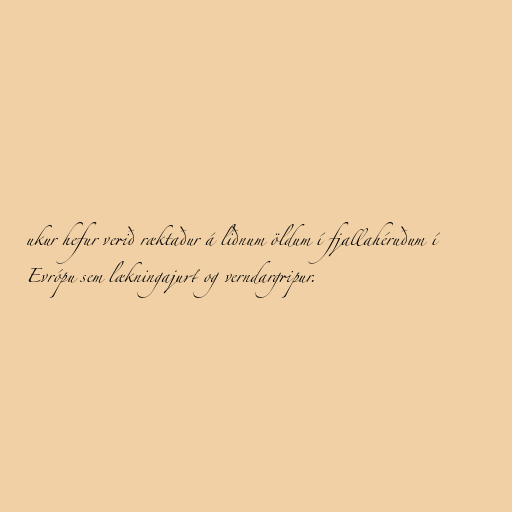
ukur hefur verið ræktaður á liðnum öldum í fjallahéruðum í
Evrópu sem lækningajurt og verndargripur.